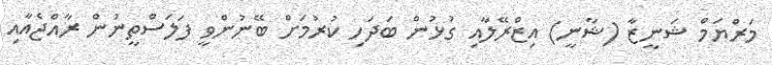
މަރްޔަމް ޝަނީޒާ (ޝާނީ) އިޒްރޭލާއި ގުޅުން ބަދަހި ކުރުމަށް ބޭނުންވީ ފަލަސްތީނުން ރާއްޖެއާއި